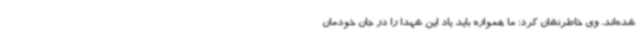
شده‌اند. وی خاطرنشان کرد: ما همواره باید یاد این شهدا را در جان خودمان